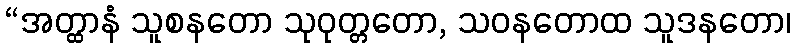
“အတ္ထာနံ သူစနတော သုဝုတ္တတော, သဝနတောထ သူဒနတော၊